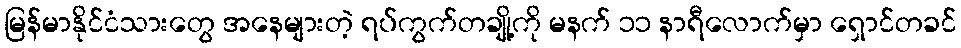
မြန်မာနိုင်ငံသားတွေ အနေများတဲ့ ရပ်ကွက်တချို့ကို မနက် ၁၁ နာရီလောက်မှာ ရှောင်တခင်